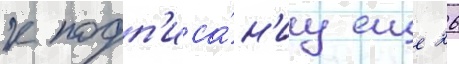
к подп'иса́н'иу еще 26